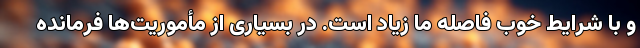
و با شرایط خوب فاصله ما زیاد است. در بسیاری از مأموریت‌ها فرمانده